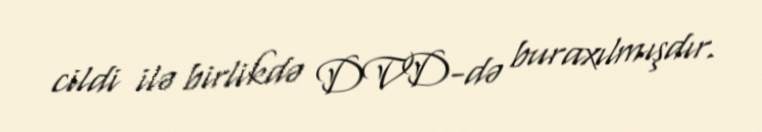
cildi ilə birlikdə DVD-də buraxılmışdır.